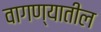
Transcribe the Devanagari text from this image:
वागण्यातील